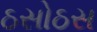
ઠસોઠસ